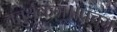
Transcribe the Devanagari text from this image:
चतुर्थकम्।।पंचमं